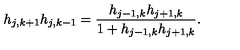
h _ { j , k + 1 } h _ { j , k - 1 } = \frac { h _ { j - 1 , k } h _ { j + 1 , k } } { 1 + h _ { j - 1 , k } h _ { j + 1 , k } } .